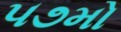
૫૭મો